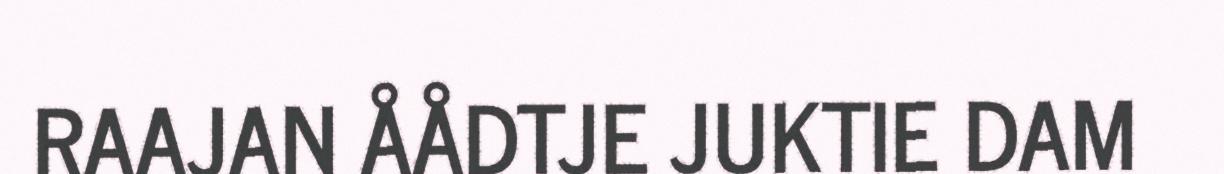
RAAJAN ÅÅDTJE JUKTIE DAM